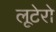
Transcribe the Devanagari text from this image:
लूटेरो